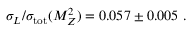
\sigma _ { L } / \sigma _ { \mathrm { t o t } } ( M _ { Z } ^ { 2 } ) = 0 . 0 5 7 \pm 0 . 0 0 5 ~ .